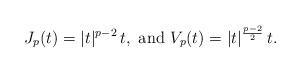
LaTeX: \begin{align*}J_p(t)=|t|^{p-2}\, t,\mbox{ and }V_p(t)=|t|^\frac{p-2}{2}\, t. \end{align*}